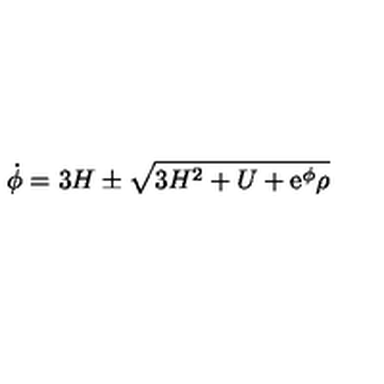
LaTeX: \setcounter { e q u a t i o n } { 4 } \dot { \phi } = 3 H \pm \sqrt { 3 H ^ { 2 } + U + \mathrm { \large e ^ \phi } \rho }